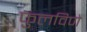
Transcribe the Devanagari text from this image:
फुलविणे